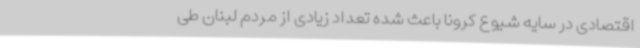
اقتصادی در سایه شیوع کرونا باعث شده تعداد زیادی از مردم لبنان طی